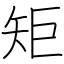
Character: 矩